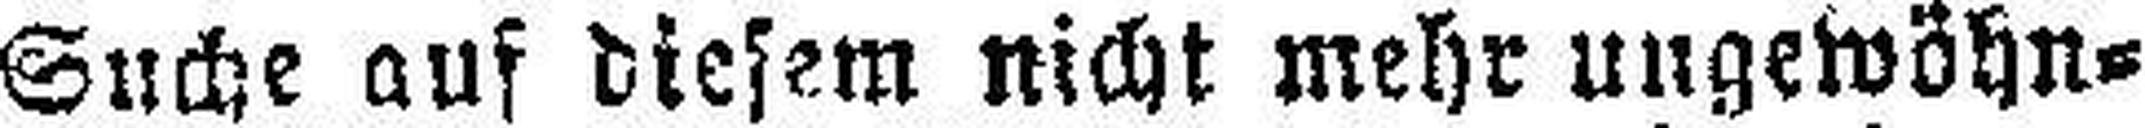
Suche auf diesem nicht mehr ungewöhn¬